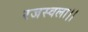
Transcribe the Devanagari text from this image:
रजस्वला।।